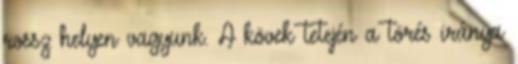
rossz helyen vagyunk. A kövek tetején a törés iránya